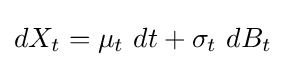
dX_{t}=\mu _{t}\ dt+\sigma _{t}\ dB_{t}